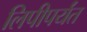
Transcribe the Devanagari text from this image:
लिपीपर्यंत